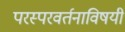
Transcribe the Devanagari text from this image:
परस्परवर्तनाविषयी